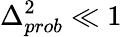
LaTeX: \Delta_{prob}^{2}\ll 1